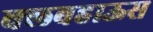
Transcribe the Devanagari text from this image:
क्लबहाऊस